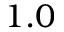
1 . 0